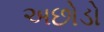
અછોડો